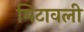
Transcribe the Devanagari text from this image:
मिटावली